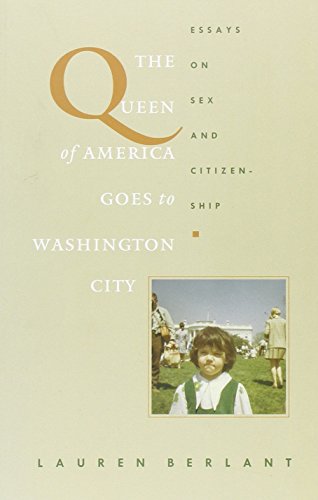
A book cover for The Queen of America Goes to Washington City: Essays on Sex and Citizenship (Series Q); Lauren Berlant; Gay & Lesbian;